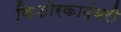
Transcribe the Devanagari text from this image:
किशोरकादंबरी